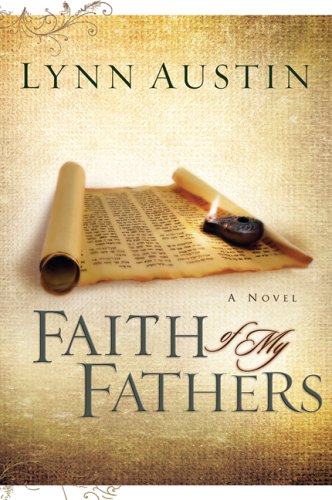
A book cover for Faith of My Fathers (Chronicles of the Kings #4); Lynn Austin; Religion & Spirituality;